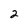
Character: 2